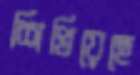
শিখিয়েছে